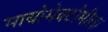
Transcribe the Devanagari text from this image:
मायोमेक्टोमीला